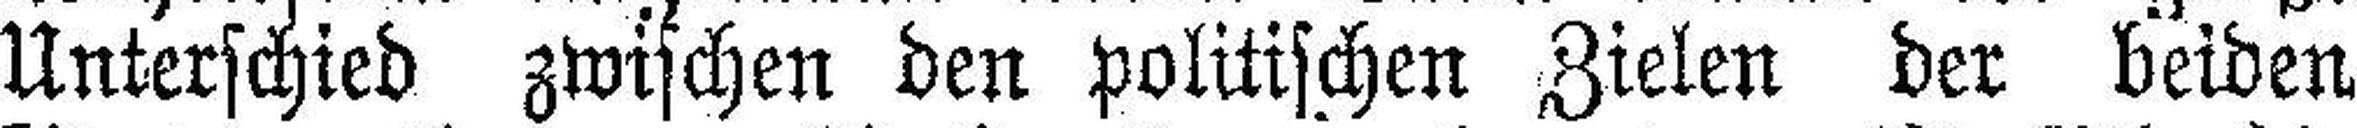
Unterschied zwischen den politischen Zielen der beiden